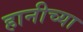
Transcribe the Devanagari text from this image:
हानीच्या